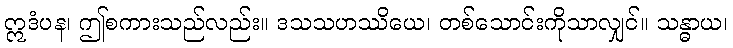
ဣဒံပန၊ ဤစကားသည်လည်း။ ဒသသဟဿိယေ၊ တစ်သောင်းကိုသာလျှင်။ သန္ဓာယ၊